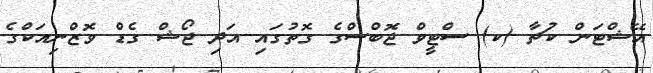
އޭޝްޓަން ކުޗާ (ކ) ސްޓީވް ޖޮބްސްގެ ގޮތުގައި އަދި ޖޯޝް ގެޑް ވޮޒްނިއަކްގެ